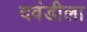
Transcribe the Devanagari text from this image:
दवंडीला